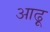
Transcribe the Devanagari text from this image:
आढ़ू